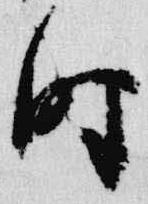
時